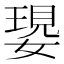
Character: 𡠝